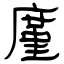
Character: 廑